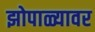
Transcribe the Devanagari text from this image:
झोपाळ्यावर